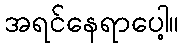
အရင်နေရာပေါ့။